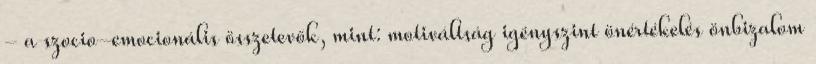
- a szocio-emocionális összetevők, mint: motiváltság igényszint önértékelés önbizalom